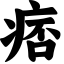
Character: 痞